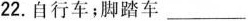
22.自行车；脚踏车___